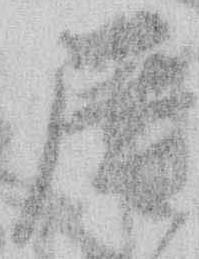
歴